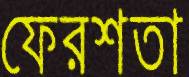
ফেরশতা